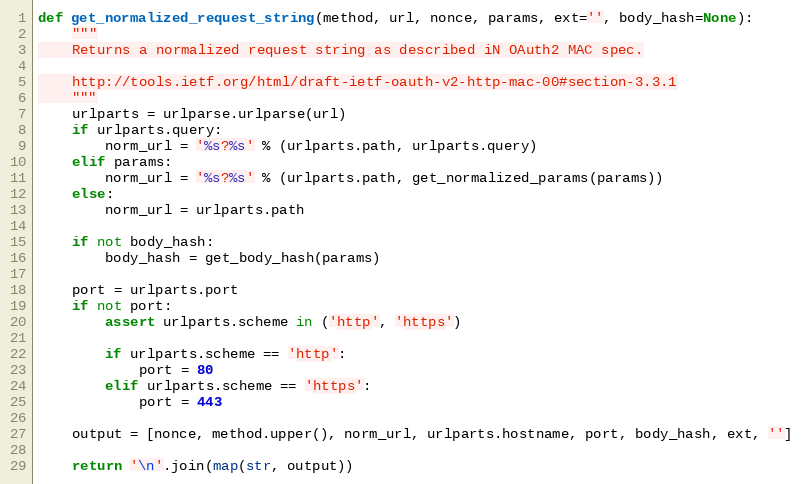
Language: Python
def get_normalized_request_string(method, url, nonce, params, ext='', body_hash=None):
    """
    Returns a normalized request string as described iN OAuth2 MAC spec.

    http://tools.ietf.org/html/draft-ietf-oauth-v2-http-mac-00#section-3.3.1
    """
    urlparts = urlparse.urlparse(url)
    if urlparts.query:
        norm_url = '%s?%s' % (urlparts.path, urlparts.query)
    elif params:
        norm_url = '%s?%s' % (urlparts.path, get_normalized_params(params))
    else:
        norm_url = urlparts.path

    if not body_hash:
        body_hash = get_body_hash(params)

    port = urlparts.port
    if not port:
        assert urlparts.scheme in ('http', 'https')

        if urlparts.scheme == 'http':
            port = 80
        elif urlparts.scheme == 'https':
            port = 443

    output = [nonce, method.upper(), norm_url, urlparts.hostname, port, body_hash, ext, '']

    return '\n'.join(map(str, output))